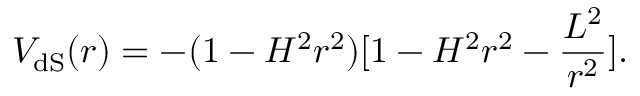
V _ { \mathrm { d S } } ( r ) = - ( 1 - H ^ { 2 } r ^ { 2 } ) [ 1 - H ^ { 2 } r ^ { 2 } - \frac { L ^ { 2 } } { r ^ { 2 } } ] .